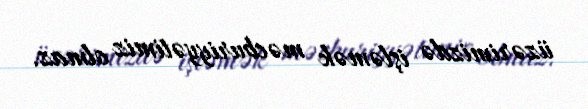
üzərimizdə işləmək məcburiyyətimiz olmaz.